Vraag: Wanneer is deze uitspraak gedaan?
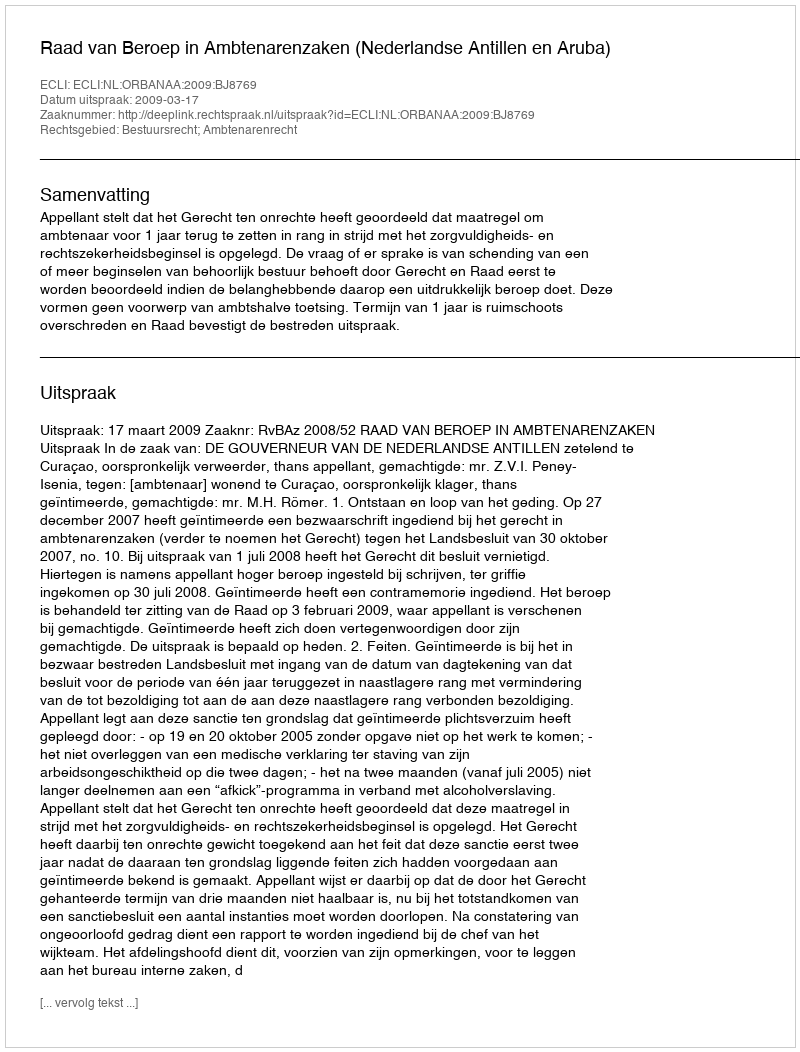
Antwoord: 2009-03-17